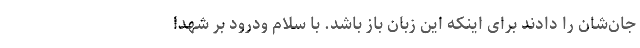
جان‌شان را دادند برای اینکه این زبان باز باشد. با سلام ودرود بر شهدا